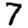
Digit: 7